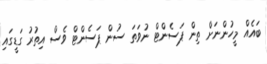
ބައެއް މީހުންނަށް ތިން ޕަސެންޓް ނުވަތަ ސުން ޕަސެންޓް ވެސް އިތުރު ގަޑީގައި